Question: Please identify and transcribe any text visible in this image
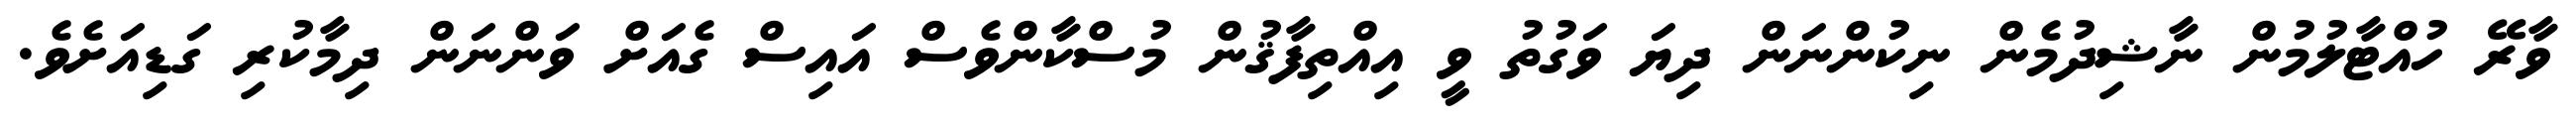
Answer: ވާރޭ ހުއްޓާލުމުން ނާޝިދުމެން ނިކުންނަން ދިޔަ ވަގުތު ވީ އިއްތިފާޤުން މުސްކާންވެސް އައިސް ގެއަށް ވަންނަން ދިމާކުރި ގަޑިއަށެވެ.